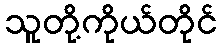
သူတို့ကိုယ်တိုင်